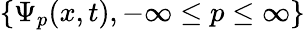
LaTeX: \{ \Psi_{p}(x,t),-\infty\leq p\leq\infty\}